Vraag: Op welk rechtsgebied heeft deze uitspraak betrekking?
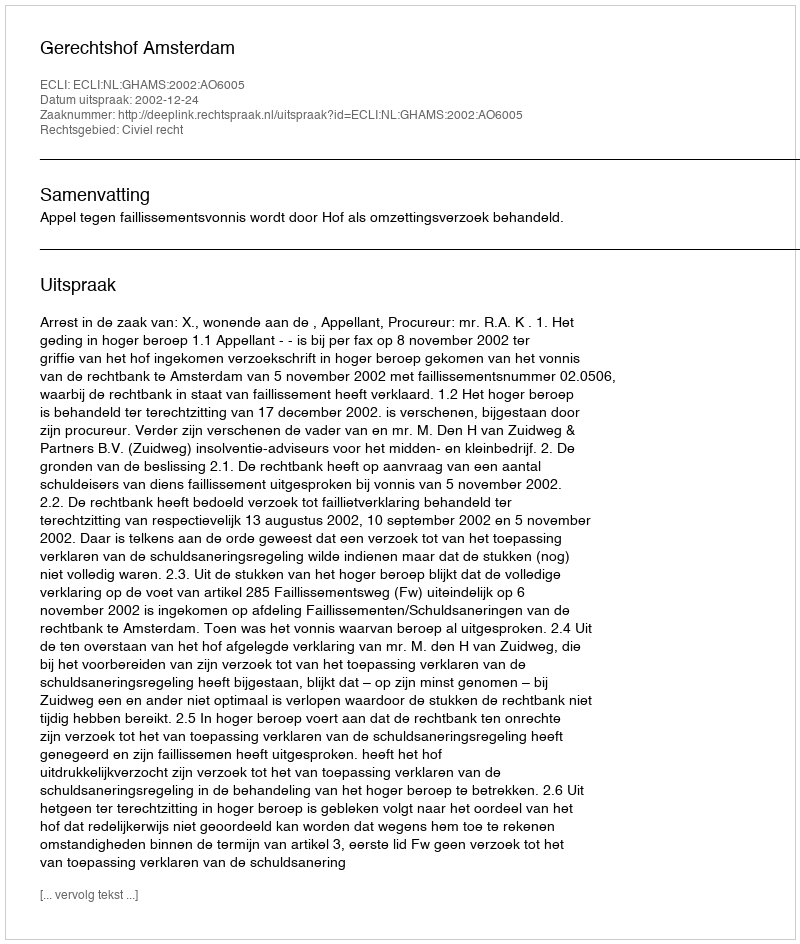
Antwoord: Civiel recht